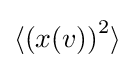
\langle \left(x(v)\right)^{2}\rangle